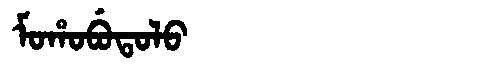
Manchu: ᠮᠣᡥᠣᠪᡠᡨᠣᠯᠣ
Romanization: MOHOBUTOLO